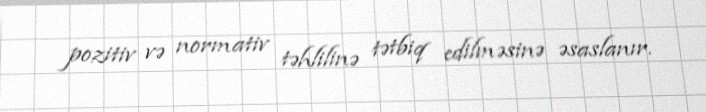
pozitiv və normativ təhlilinə tətbiq edilməsinə əsaslanır.